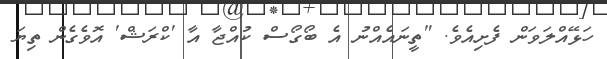
ހަޅޭއްލަވަން ފެށިއެވެ. "ތީނައެއްނު އެ ބޯގޯސް ކުއްޖާ އާ 'ކްރަޝް' އޮވެގެން ތިޔަ